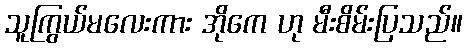
သူကြွယ်မလေးကား အိုကေ ဟု မီးစိမ်းပြသည်။